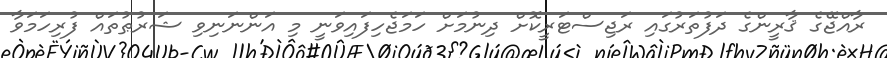
ރާއްޖޭގެ ޤާރީންގެ ދަފުތަރުގައި ރަޖިސްޓަރީކޮށް ދިނުމަށް ހަމަޖެހިފައިވަނީ މި އަންނަނިވި ޝަރުޠުތައް ފުރިހަމަވާ